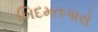
ખિદમતગારો